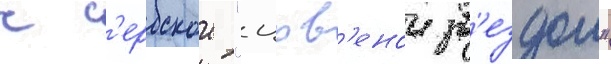
с с'ербскои "црв'енои зв'ездои"